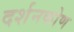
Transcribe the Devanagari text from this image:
दर्शनकोण